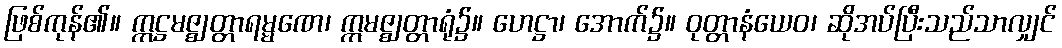
ဖြစ်ကုန်၏။ ဣဋ္ဌမဇ္ဈတ္တာရမ္မဏေ၊ ဣမဇ္ဈတ္တာရုံ၌။ ဟေဋ္ဌာ၊ အောက်၌။ ဝုတ္တာနံယေဝ၊ ဆိုအပ်ပြီးသည်သာလျှင်